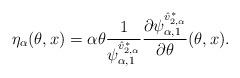
LaTeX: \begin{align*}\eta_{\alpha}(\theta, x) = \alpha \theta \frac{1}{\psi^{\hat v^*_{2, \alpha}}_{\alpha, 1}}\frac{\partial \psi^{\hat v^*_{2, \alpha}}_{\alpha, 1}}{\partial \theta}(\theta, x).\end{align*}